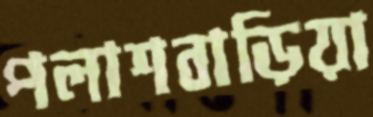
পলাশবাড়িয়া